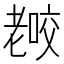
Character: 𰭫